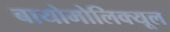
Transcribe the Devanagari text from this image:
बायोमोलिक्यूल